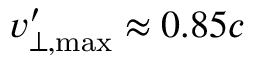
v _ { \bot , \mathrm { { m a x } } } ^ { \prime } \approx 0 . 8 5 c